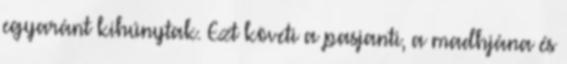
egyaránt kihúnytak. Ezt követi a pasjanti, a madhjána és